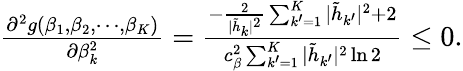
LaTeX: \begin{array}{r}{\frac{\partial^{2}g(\beta_{1},\beta_{2},\cdots,\beta_{K})}{\partial\beta_{k}^{2}}=\frac{-\frac{2}{|\tilde{h}_{k}|^{2}}\sum_{k^{\prime}=1}^{K}|\tilde{h}_{k^{\prime}}|^{2}+2}{c_{\beta}^{2}\sum_{k^{\prime}=1}^{K}|\tilde{h}_{k^{\prime}}|^{2}\ln 2}\leq 0.}\end{array}